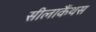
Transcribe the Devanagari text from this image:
सीलाकैंथस